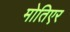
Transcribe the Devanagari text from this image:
मोतिएर